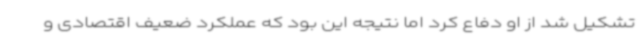
تشکیل شد از او دفاع کرد اما نتیجه این بود که عملکرد ضعیف اقتصادی و